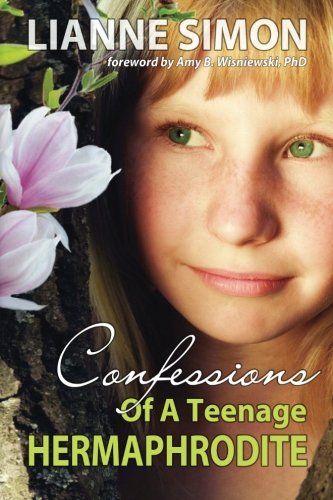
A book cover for Confessions of a Teenage Hermaphrodite; Lianne Simon; Gay & Lesbian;